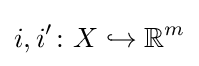
i,i'\colon X\hookrightarrow \mathbb {R} ^{m}